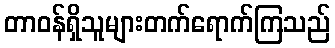
တာဝန်ရှိသူများတက်ရောက်ကြသည်